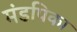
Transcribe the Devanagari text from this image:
मंडपिका